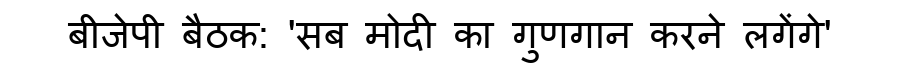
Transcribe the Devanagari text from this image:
बीजेपी बैठक: 'सब मोदी का गुणगान करने लगेंगे'